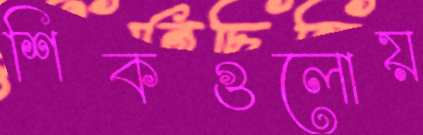
শিকগুলোয়